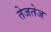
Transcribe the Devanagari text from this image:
तेजतेज